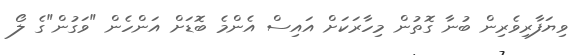
ވިޔަފާރިވެރިން ބުނާ ގޮތުން މިހާރަކަށް އައިސް އެންމެ ބޮޑަށް އަންހެން "ވަގުން"ގެ ލޯ